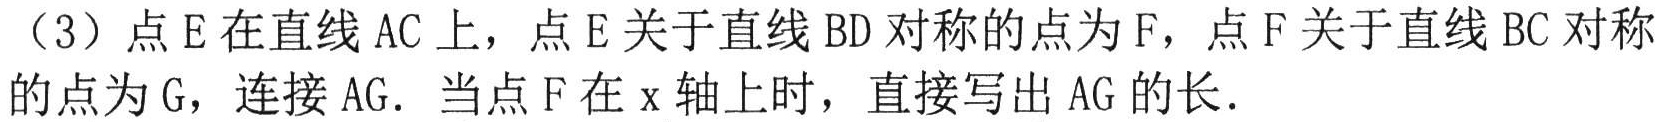
（3）点\(E\)在直线\(AC\)上，点\(E\)关于直线\(BD\)对称的点为\(F\)，点\(F\)关于直线\(BC\)对称的点为\(G\)，连接\(AG\)．当点\(F\)在\(x\)轴上时，直接写出\(AG\)的长．